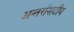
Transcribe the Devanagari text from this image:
अन्तर्राशटीय